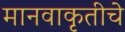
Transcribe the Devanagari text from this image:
मानवाकृतीचे